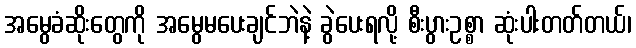
အမွေခံဆိုးတွေကို အမွေမပေးချင်ဘဲနဲ့ ခွဲပေးရလို့ စီးပွားဥစ္စာ ဆုံးပါးတတ်တယ်၊